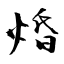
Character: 焝